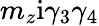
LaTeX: m_{z}\mathrm{i}\gamma_{3}\gamma_{4}